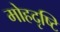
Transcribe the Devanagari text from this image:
मोहदृष्टि